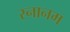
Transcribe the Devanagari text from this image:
स्नानम